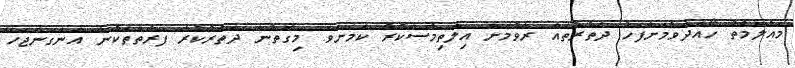
މައުލޫމާތު ހޯއްދެވުމަށްފަހު ދަތުރުތައް ރޭވުމަށް އިލްތިމާސްކުރާ ކަމަށެވެ. މިގޮތުން ދަތުރުކުރާ ފަރާތްތަކުން އަންގަންޖެހޭ